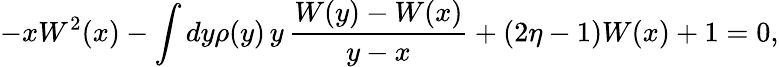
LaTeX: -xW^{2}(x)-\int dy\rho(y)\, y\, \frac{W(y)-W(x)}{y-x}+(2\eta-1)W(x)+1=0,